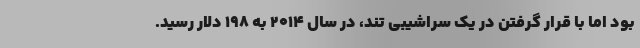
بود اما با قرار گرفتن در یک سراشیبی تند، در سال ۲۰۱۴ به ۱۹۸ دلار رسید.